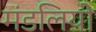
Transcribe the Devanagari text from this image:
मंडलियो